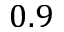
0 . 9